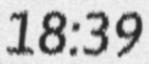
18:39